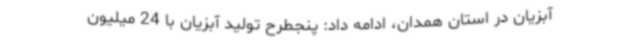
آبزیان در استان همدان، ادامه داد: پنجطرح تولید آبزیان با 24 میلیون